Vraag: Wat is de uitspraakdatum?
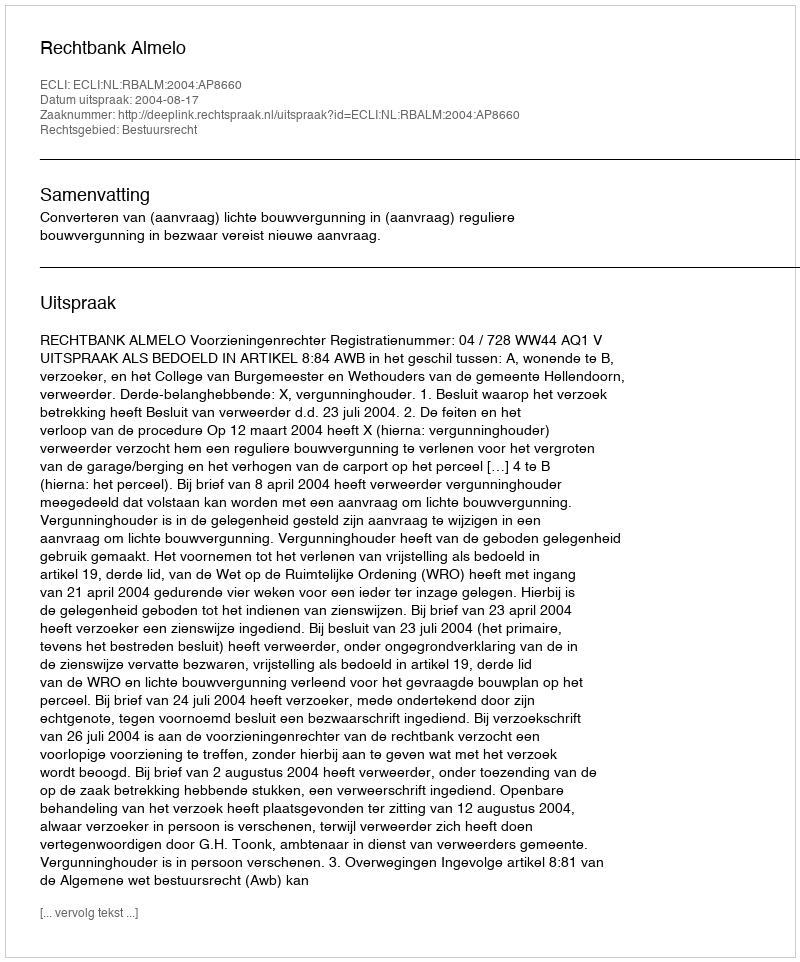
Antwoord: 2004-08-17